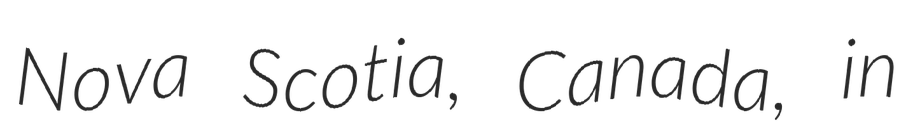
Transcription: Nova Scotia, Canada, in